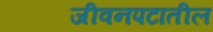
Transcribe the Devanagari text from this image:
जीवनपटातील